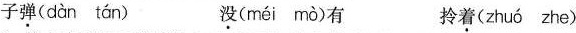
子弹( dàn tán ) 没( méi mò )有 拎着( zhuó zhe)2.读文中两处画横线的句子，用两个恰当的成语来形容当时的卓别林。3.卓别林几次要求劫匪开枪，每次的理由是什么，按顺序简要概括。